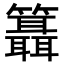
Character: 𥷨